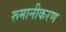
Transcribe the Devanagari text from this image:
रूमानीकरण